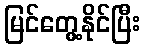
မြင်တွေ့နိုင်ပြီး